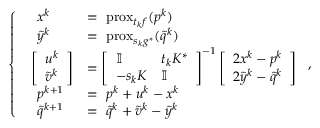
\left\{ \begin{array} { l l } { \quad x ^ { k } } & { = \, \, \mathrm { p r o x } _ { t _ { k } f } ( p ^ { k } ) } \\ { \quad \tilde { y } ^ { k } } & { = \, \, \mathrm { p r o x } _ { s _ { k } g ^ { * } } ( \tilde { q } ^ { k } ) } \\ { \; \; \left[ \begin{array} { l } { u ^ { k } } \\ { \tilde { v } ^ { k } } \end{array} \right] } & { = \left[ \begin{array} { l l } { \mathbb I } & { t _ { k } K ^ { * } } \\ { - s _ { k } K } & { \mathbb I } \end{array} \right] ^ { - 1 } \left[ \begin{array} { l } { 2 x ^ { k } - p ^ { k } } \\ { 2 \tilde { y } ^ { k } - \tilde { q } ^ { k } } \end{array} \right] } \\ { \quad p ^ { k + 1 } } & { = \, \, p ^ { k } + u ^ { k } - x ^ { k } } \\ { \quad \tilde { q } ^ { k + 1 } } & { = \, \, \tilde { q } ^ { k } + \tilde { v } ^ { k } - \tilde { y } ^ { k } } \end{array} \right. ,